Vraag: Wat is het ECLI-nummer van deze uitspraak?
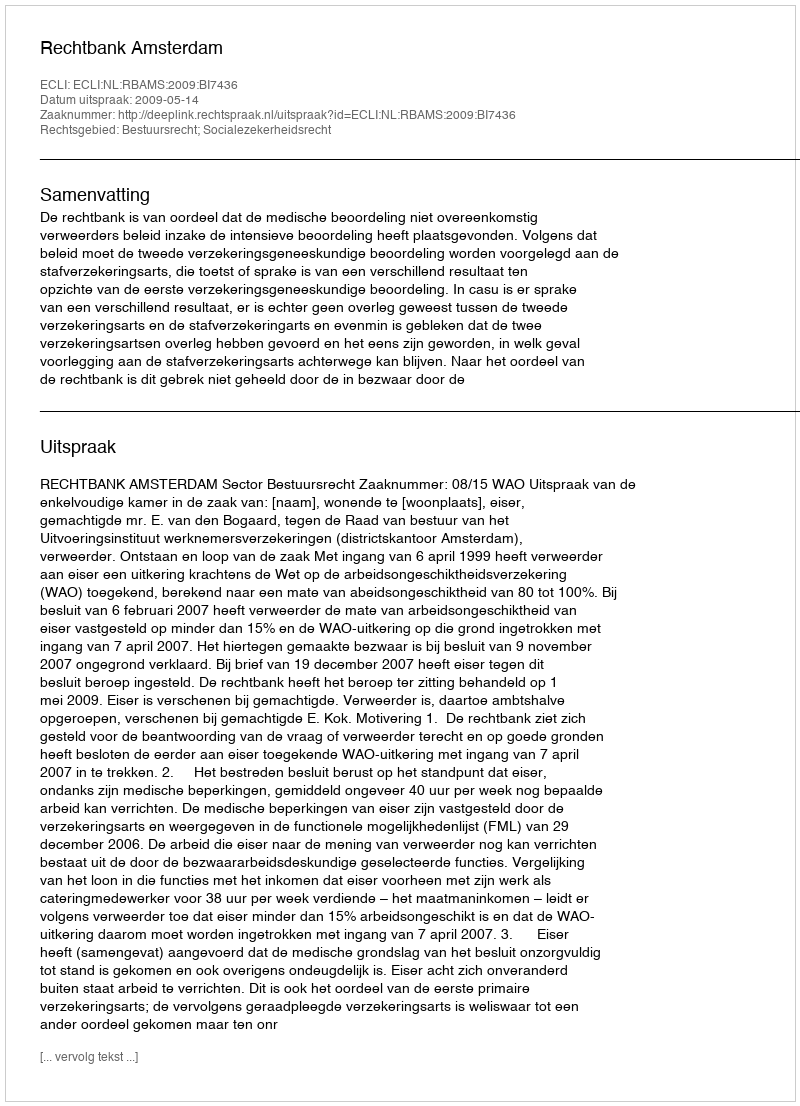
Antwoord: ECLI:NL:RBAMS:2009:BI7436